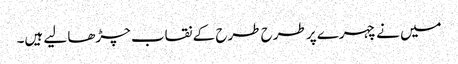
میں نے چہرے پر طرح طرح کے نقاب چڑھا لیے ہیں۔